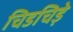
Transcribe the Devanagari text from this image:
चिडचिड़े